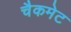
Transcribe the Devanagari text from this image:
चैकमेट